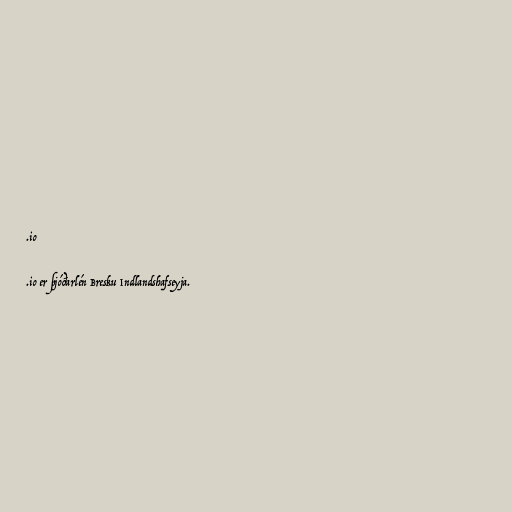
.io

.io er þjóðarlén Bresku Indlandshafseyja.